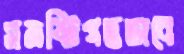
সমষ্টিগতভাবে